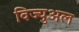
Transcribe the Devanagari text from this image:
विज्युअल